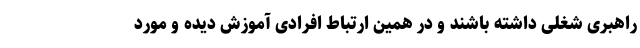
راهبری شغلی داشته باشند و در همین ارتباط افرادی آموزش دیده و مورد